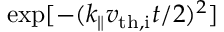
\exp [ - ( k _ { \parallel } v _ { \mathrm { t h , i } } t / 2 ) ^ { 2 } ]